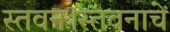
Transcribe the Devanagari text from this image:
स्तवन।स्तवनाचें